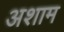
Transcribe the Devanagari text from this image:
अशाम